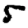
Digit: 5